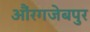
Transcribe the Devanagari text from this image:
औंरगजेबपुर